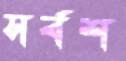
সর্বশ